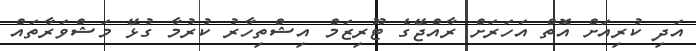
އަދި ކުރިއަށް އޮތް އަހަރަށް ރާއްޖޭގެ ޓޫރިޒަމް އިޝްތިހާރު ކުރުމާ ގުޅޭ މަޝްވަރާތައް